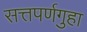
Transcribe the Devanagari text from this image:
सत्तपर्णगुहा